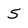
Character: 5